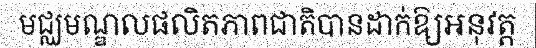
មជ្ឈមណ្ឌលផលិតភាពជាតិបានដាក់ឱ្យអនុវត្ត